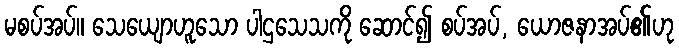
မစပ်အပ်။ သေယျောဟူသော ပါဌသေသကို ဆောင်၍ စပ်အပ်, ယောဇနာအပ်၏ဟု